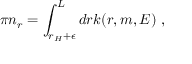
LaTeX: \pi n _ { r } = \int _ { r _ { H } + \epsilon } ^ { L } d r k ( r , m , E ) ~ ,